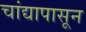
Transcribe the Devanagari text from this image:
चांद्यापासून